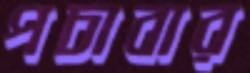
পচাবার